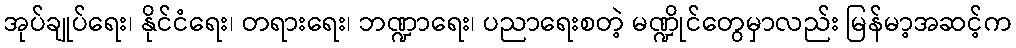
အုပ်ချုပ်ရေး၊ နိုင်ငံရေး၊ တရားရေး၊ ဘဏ္ဍာရေး၊ ပညာရေးစတဲ့ မဏ္ဍိုင်တွေမှာလည်း မြန်မာ့အဆင့်က